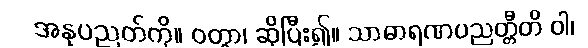
အနုပညတ်ကို။ ဝတွာ၊ ဆိုပြီး၍။ သာဓာရဏပညတ္တီတိ ဝါ၊